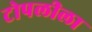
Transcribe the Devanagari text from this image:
टोपलीला